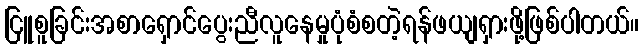
ငြူစူခြင်းအစာရှောင်ပွေးညီလူနေမှုပုံစံစတဲ့ရန်ဖယျရှားဖို့ဖြစ်ပါတယ်။